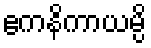
ဧကနိကာယမ္ပိ